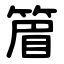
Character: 篃